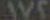
AVE